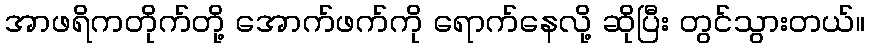
အာဖရိကတိုက်တို့ အောက်ဖက်ကို ရောက်နေလို့ ဆိုပြီး တွင်သွားတယ်။